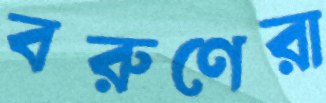
বরুণেরা